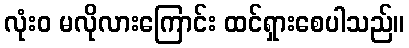
လုံးဝ မလိုလားကြောင်း ထင်ရှားစေပါသည်။